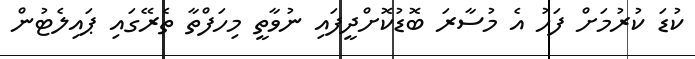
ކުޑަ ކުރުމަށް ފަހު އެ މުސާރަ ބޮޑުކޮށްދީފައި ނުވާތީ މިހަފްތާ ތެރޭގައި ޕައިލެޓުން